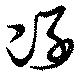
冽